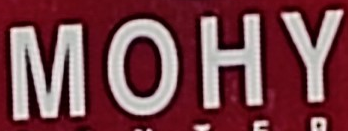
MOHY